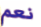
نعم